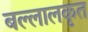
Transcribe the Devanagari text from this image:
बल्लालकृत